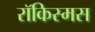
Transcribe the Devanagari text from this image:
रॉकिस्मस